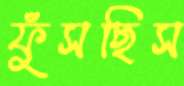
ফুঁসছিস